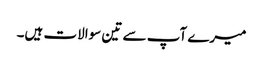
میرے آپ سے تین سوالات ہیں۔